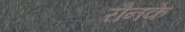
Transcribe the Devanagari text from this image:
रौनके